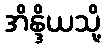
အိန္ဒိယသို့